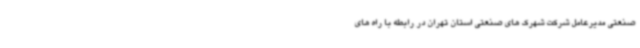
صنعتی مدیرعامل شرکت شهرک های صنعتی استان تهران در رابطه با راه های